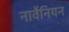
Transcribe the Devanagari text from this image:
नार्वेनियन